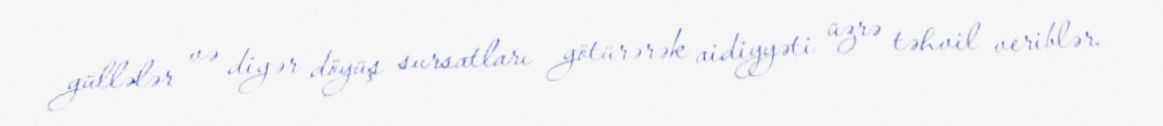
güllələr və digər döyüş sursatları götürərək aidiyyəti üzrə təhvil veriblər.